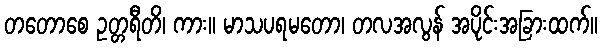
တတောစေ ဥတ္တရီတိ၊ ကား။ မာသပရမတော၊ တလအလွန် အပိုင်းအခြားထက်။